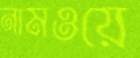
নামওয়ে